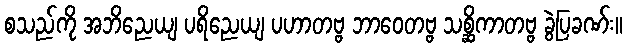
စသည်ကို အဘိညေယျ ပရိညေယျ ပဟာတဗ္ဗ ဘာဝေတဗ္ဗ သစ္ဆိကာတဗ္ဗ ခွဲပြခဏ်း။